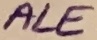
Text: ALE